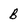
Character: B